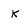
Character: K